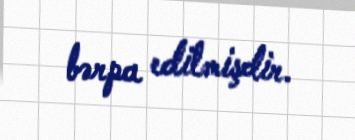
bərpa edilmişdir.